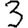
Digit: 3